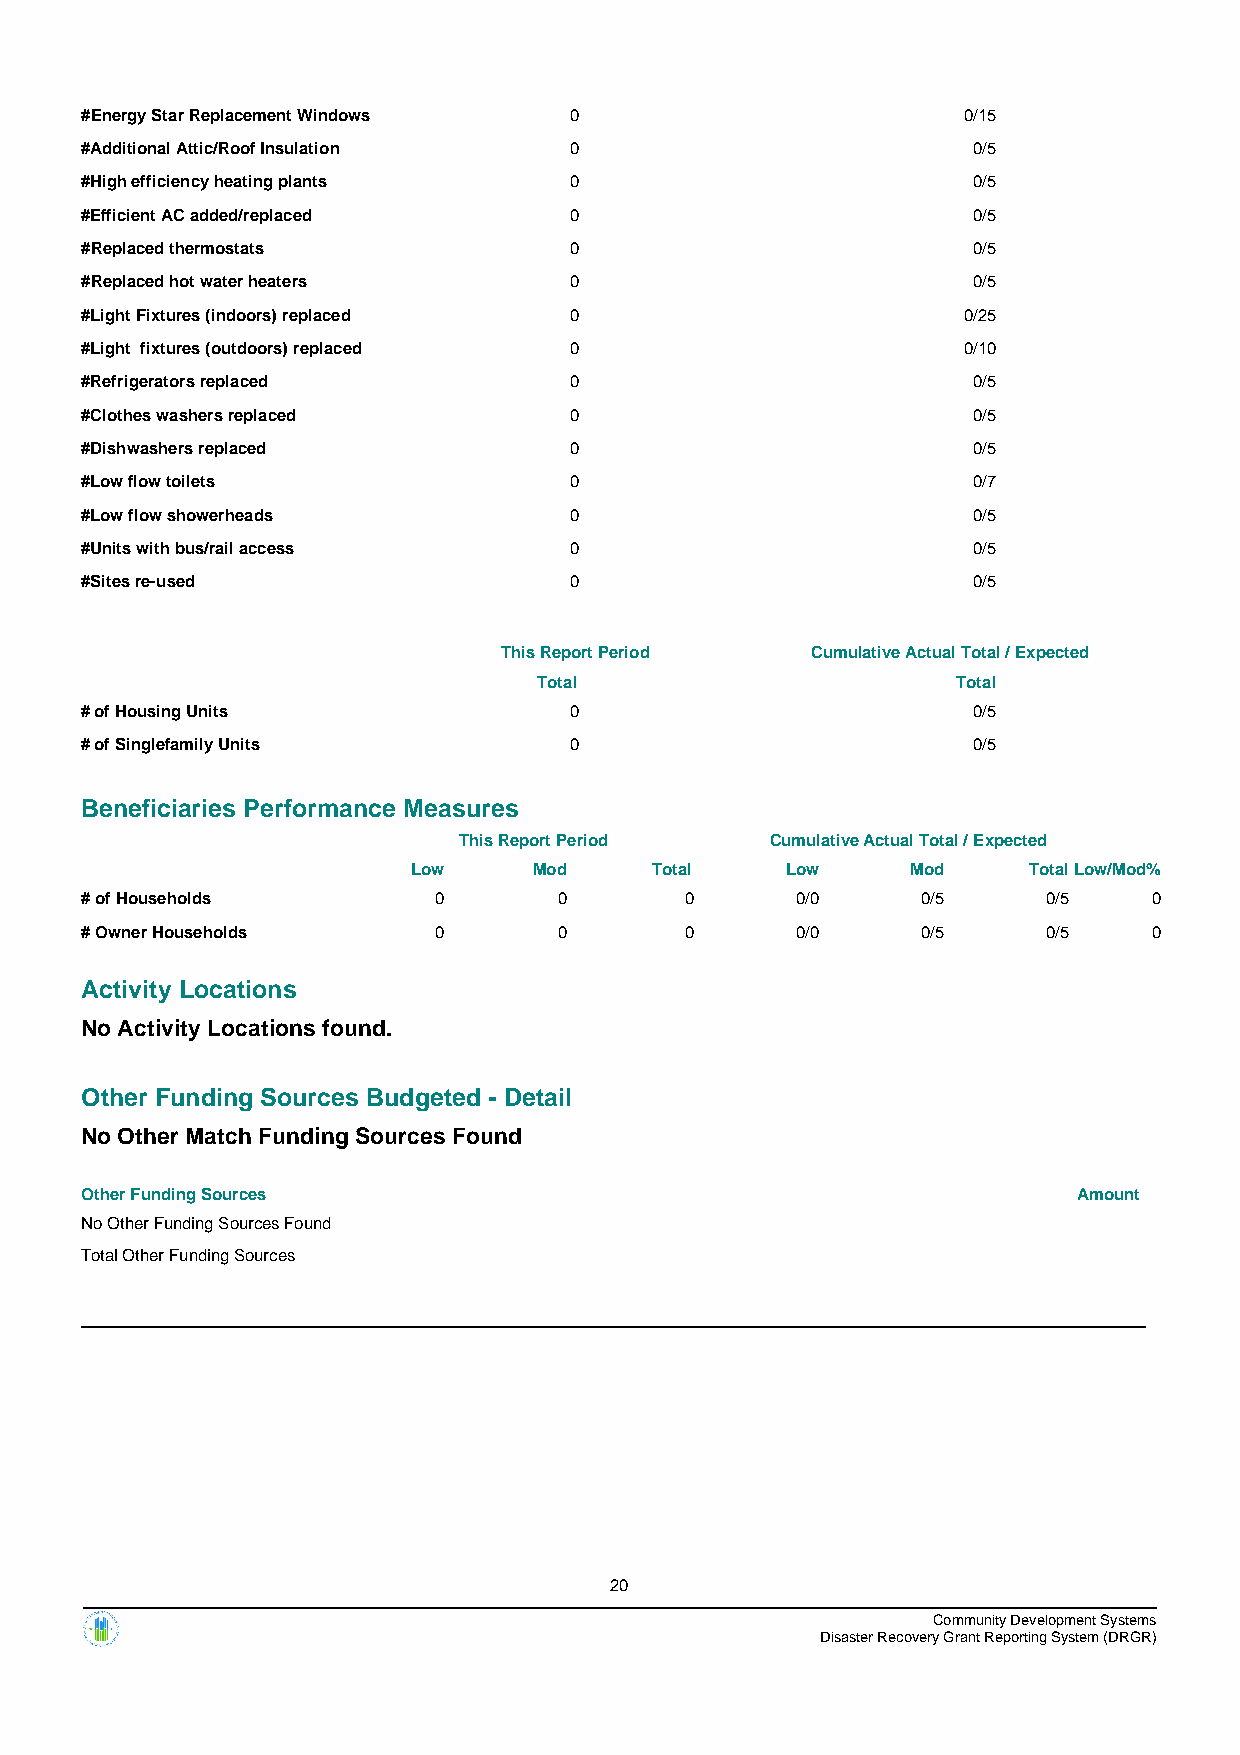
#Energy Star Replacement Windows 0                         0/15
 #Additional Attic/Roof Insulation 0                        0/5
 #High efficiency heating plants  0                         0/5
 #Efficient AC added/replaced     0                         0/5
 #Replaced thermostats            0                         0/5
 #Replaced hot water heaters      0                         0/5
 #Light Fixtures (indoors) replaced 0                       0/25
 #Light fixtures (outdoors) replaced 0                      0/10
 #Refrigerators replaced          0                         0/5
 #Clothes washers replaced        0                         0/5
 #Dishwashers replaced            0                         0/5
 #Low flow toilets                0                         0/7
 #Low flow showerheads            0                         0/5
 #Units with bus/rail access      0                         0/5
 #Sites re-used                   0                         0/5
 This Report Period   Cumulative Actual Total / Expected
 Total                      Total
 # of Housing Units               0                         0/5
 # of Singlefamily Units          0                         0/5
 Beneficiaries Performance Measures
 This Report Period   Cumulative Actual Total / Expected
 Low     Mod     Total    Low     Mod     TotalLow/Mod%
 # of Households         0       0       0       0/0     0/5     0/5    0
 # Owner Households      0       0       0       0/0     0/5     0/5    0
 Activity Locations
 No Activity Locations found.
 Other Funding Sources Budgeted - Detail
 No Other Match Funding Sources Found
 Other Funding Sources                                             Amount
 No Other Funding Sources Found
 Total Other Funding Sources
 20
 Community Development Systems
 Disaster Recovery Grant Reporting System (DRGR)